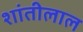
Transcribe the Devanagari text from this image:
शांतीलाल